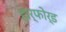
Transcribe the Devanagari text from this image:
हार्फोर्ड